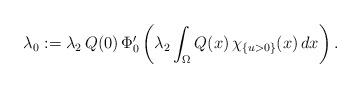
LaTeX: \begin{align*} \lambda_0 := \lambda_2\,Q(0)\,\Phi_0'\left( \lambda_2\int_{\Omega} Q(x)\,\chi_{\{u>0\}}(x)\,dx\right).\end{align*}